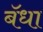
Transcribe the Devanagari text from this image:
बॅधा